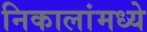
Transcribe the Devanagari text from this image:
निकालांमध्ये